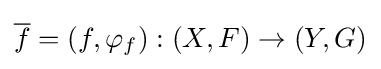
{\overline {f}}=(f,\varphi _{f}):(X,F)\to (Y,G)